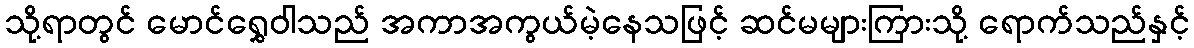
သို့ရာတွင် မောင်ရွှေဝါသည် အကာအကွယ်မဲ့နေသဖြင့် ဆင်မများကြားသို့ ရောက်သည်နှင့်